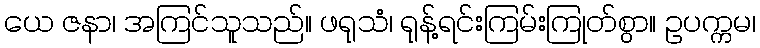
ယေ ဇနာ၊ အကြင်သူသည်။ ဖရုသံ၊ ရုန့်ရင်းကြမ်းကြုတ်စွာ။ ဥပက္ကမ၊